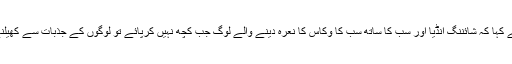
انہوں نے کہا کہ شائننگ انڈیا اور سب کا ساتھ سب کا وکاس کا نعرہ دینے والے لوگ جب کچھ نہیں کرپائے تو لوگوں کے جذبات سے کھیلنے لگے۔